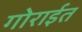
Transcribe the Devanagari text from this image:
गोराईत